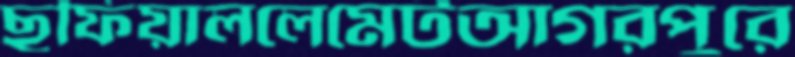
ছফিয়াললেমেটআগরপুরে